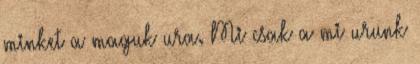
minket a maguk ura. Mi csak a mi urunk